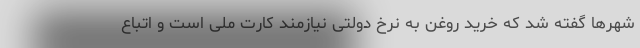
شهرها گفته شد که خرید روغن به نرخ دولتی نیازمند کارت ملی است و اتباع